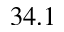
3 4 . 1